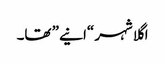
اگلا شہر “انیے” تھا۔